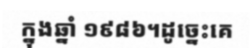
ក្នុងឆ្នាំ ១៩៨៦។ដូច្នេះគេ